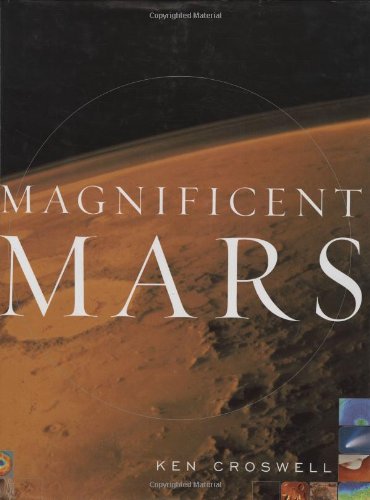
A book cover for Magnificent Mars; Ken Croswell; Science & Math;